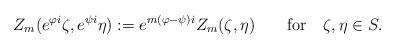
LaTeX: \begin{gather*}Z_m(e^{\varphi i}\zeta,e^{\psi i}\eta):=e^{m(\varphi-\psi) i}Z_m(\zeta,\eta)\qquad\textrm{for}\quad\zeta,\eta \in S. \end{gather*}